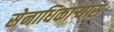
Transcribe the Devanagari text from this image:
सेनाधिकार्‍यास